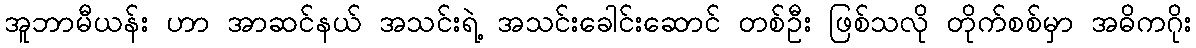
အူဘာမီယန်း ဟာ အာဆင်နယ် အသင်းရဲ့ အသင်းခေါင်းဆောင် တစ်ဦး ဖြစ်သလို တိုက်စစ်မှာ အဓိကဂိုး